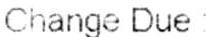
CHANGE DUE :